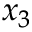
x _ { 3 }